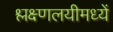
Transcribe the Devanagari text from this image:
श्लक्ष्णलयीमध्यें